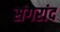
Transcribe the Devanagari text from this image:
संगरांद